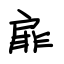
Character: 扉